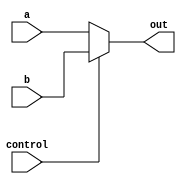
`timescale 1ns / 1ps
//////////////////////////////////////////////////////////////////////////////////
// Company: 
// Engineer: 
// 
// Design Name: 
// Module Name:    MUX8bit 
// Project Name: 
// Target Devices: 
// Tool versions: 
// Description: 
//
// Dependencies: 
//
// Revision: 
// Revision 0.01 - File Created
// Additional Comments: 
//
//////////////////////////////////////////////////////////////////////////////////
module MUX8bit(
    input [7:0] a,
    input [7:0] b,
    input control,
    output [7:0] out
    );
	 
	 reg [7:0] outReg;
	 
	 assign out = outReg;
	 
	 always @(*) begin
		if(control) begin
			outReg=b;
		end
		else begin
			outReg=a;
		end
	 end


endmodule